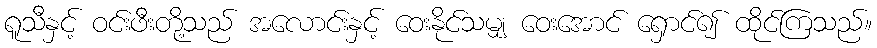
ရူသီနှင့် ဝင်းဖီးတို့သည် အလောင်းနှင့် ဝေးနိုင်သမျှ ဝေးအောင် ရှောင်၍ ထိုင်ကြသည်။